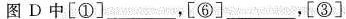
图D中[①]___。[⑥]___[③]